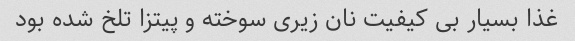
غذا بسیار بی کیفیت نان زیری سوخته و پیتزا تلخ شده بود